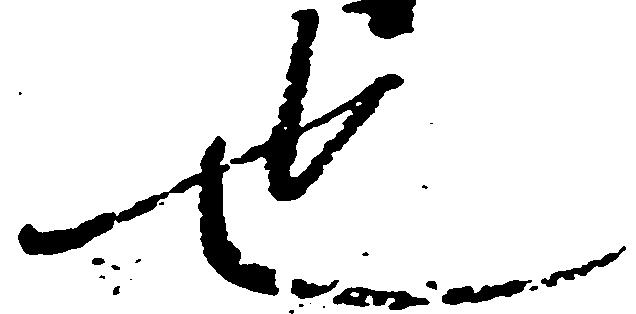
也